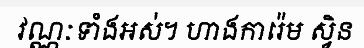
វណ្ណៈទាំងអស់។ ហាងការ៉េម ស្វិន